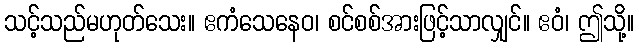
သင့်သည်မဟုတ်သေး။ ဧကံသေနေဝ၊ စင်စစ်အားဖြင့်သာလျှင်။ ဧဝံ၊ ဤသို့။